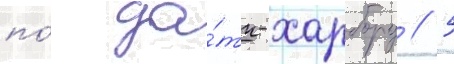
по́ да́тч-харбору // 5